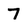
Character: 7